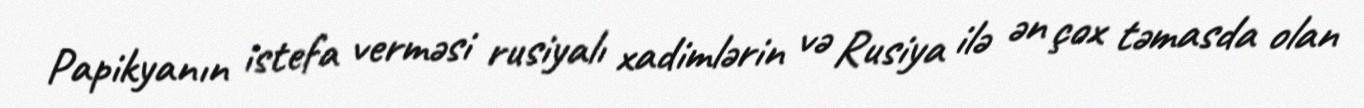
Papikyanın istefa verməsi rusiyalı xadimlərin və Rusiya ilə ən çox təmasda olan